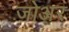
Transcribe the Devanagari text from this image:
जोअर